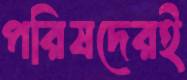
পরিষদেরই